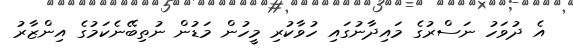
އެ ދުވަހު ނަސްރުގެ މައިދާނުގައި ހުވާކުރި މީހުން މަޑުން ނުތިބޭނެކަމުގެ އިންޒާރު